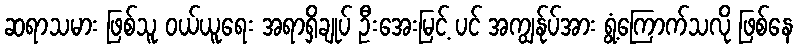
ဆရာသမား ဖြစ်သူ ဝယ်ယူရေး အရာရှိချုပ် ဦးအေးမြင့် ပင် အကျွန်ုပ်အား ရွံ့ကြောက်သလို ဖြစ်နေ